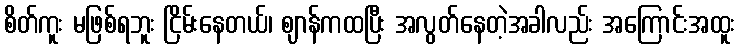
စိတ်ကူး မဖြစ်ရဘူး ငြိမ်းနေတယ်၊ ဈာန်ကထပြီး အလွတ်နေတဲ့အခါလည်း အကြောင်းအထူး